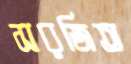
সরজিত